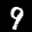
Label: 9